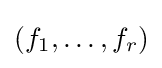
(f_{1},\ldots ,f_{r})